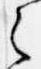
之